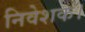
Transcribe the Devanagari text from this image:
निवेशक।